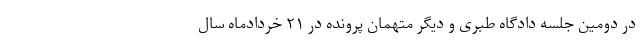
در دومین جلسه دادگاه طبری و دیگر متهمان پرونده در ۲۱ خردادماه سال